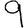
Digit: 9